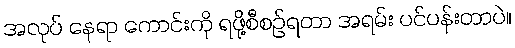
အလုပ် နေရာ ကောင်းကို ရဖို့စီစဉ်ရတာ အရမ်း ပင်ပန်းတာပဲ။